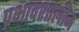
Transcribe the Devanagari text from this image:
प्रभावशालीन